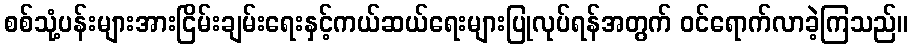
စစ်သုံ့ပန်းများအားငြိမ်းချမ်းရေးနှင့်ကယ်ဆယ်ရေးများပြုလုပ်ရန်အတွက် ဝင်ရောက်လာခဲ့ကြသည်။